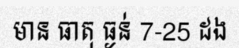
មាន ធាតុ ធ្ងន់ 7-25 ដង